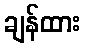
ချန်ထား